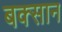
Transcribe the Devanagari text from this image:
बक्सान